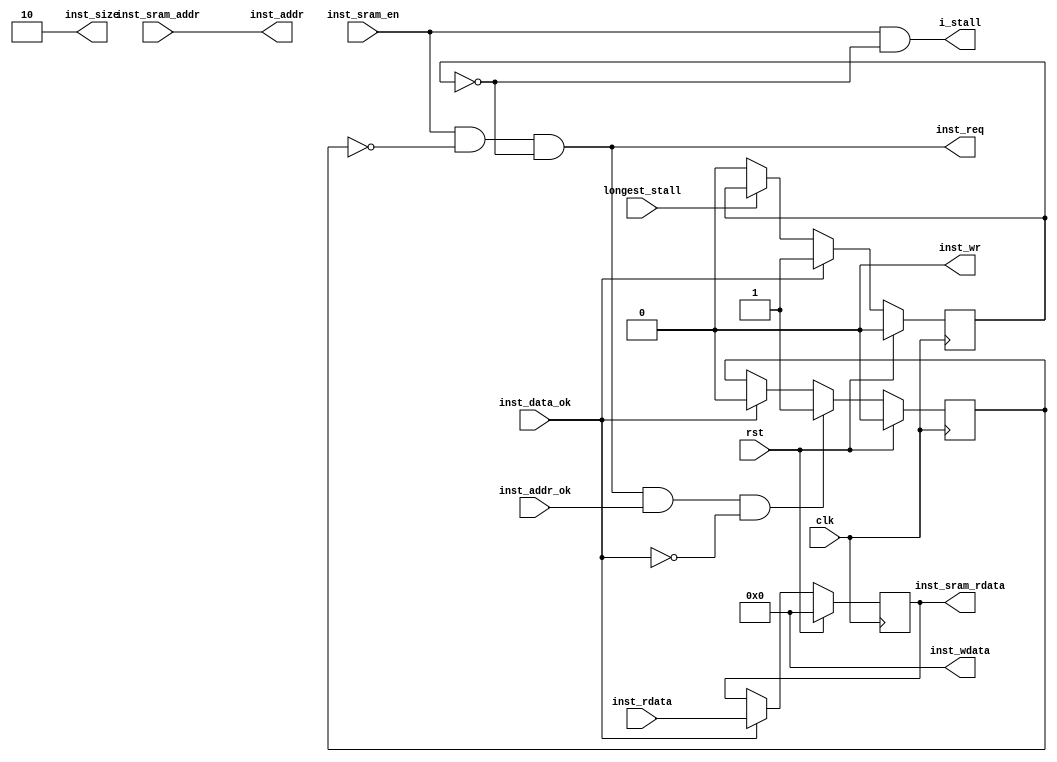
module i_sram_to_sram_like (
    input         clk, rst,
    output        i_stall       ,
    input         longest_stall ,
    
    //inst sram
    input         inst_sram_en   ,
  //input  [3 :0] inst_sram_wen  ,
    input  [31:0] inst_sram_addr ,
  //input  [31:0] inst_sram_wdata,
    output [31:0] inst_sram_rdata,
    
    //inst sram-like 
    output        inst_req     ,
    output        inst_wr      ,
    output [1 :0] inst_size    ,
    output [31:0] inst_addr    ,
    output [31:0] inst_wdata   ,
    input  [31:0] inst_rdata   ,
    input         inst_addr_ok ,
    input         inst_data_ok
    
);
    reg addr_rcv;      //
    reg do_finish;     //?
    reg [31:0] inst_rdata_save;

    always @(posedge clk) begin
        if (rst) begin
            addr_rcv <= 1'b0;
        end else if (inst_req & inst_addr_ok & ~inst_data_ok) begin
            addr_rcv <= 1'b1;
        end else if (inst_data_ok) begin
            addr_rcv <= 1'b0;
        end else begin
            addr_rcv <= addr_rcv;  // ?
        end
    end

    always @(posedge clk) begin
        if (rst) begin
            do_finish <= 1'b0;
        end else if (inst_data_ok) begin
            do_finish <= 1'b1;
        end else if (~longest_stall) begin
            do_finish <= 1'b0;
        end else begin
            do_finish <= do_finish;  // ?
        end
    end

    always @(posedge clk) begin
        if (rst) begin
            inst_rdata_save <= 32'b0;
        end else if (inst_data_ok) begin
            inst_rdata_save <= inst_rdata;
        end else begin
            inst_rdata_save <= inst_rdata_save;  // ?
        end
    end

    //sram like
    assign inst_req = inst_sram_en & ~addr_rcv & ~do_finish;
    assign inst_wr = 1'b0;
    assign inst_size = 2'b10;
    assign inst_addr = inst_sram_addr;
    assign inst_wdata = 32'b0;

    //sram
    assign inst_sram_rdata = inst_rdata_save;
    assign i_stall = inst_sram_en & ~do_finish;
    
endmodule